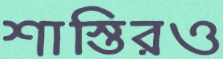
শাস্তিরও